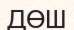
ДӨШ